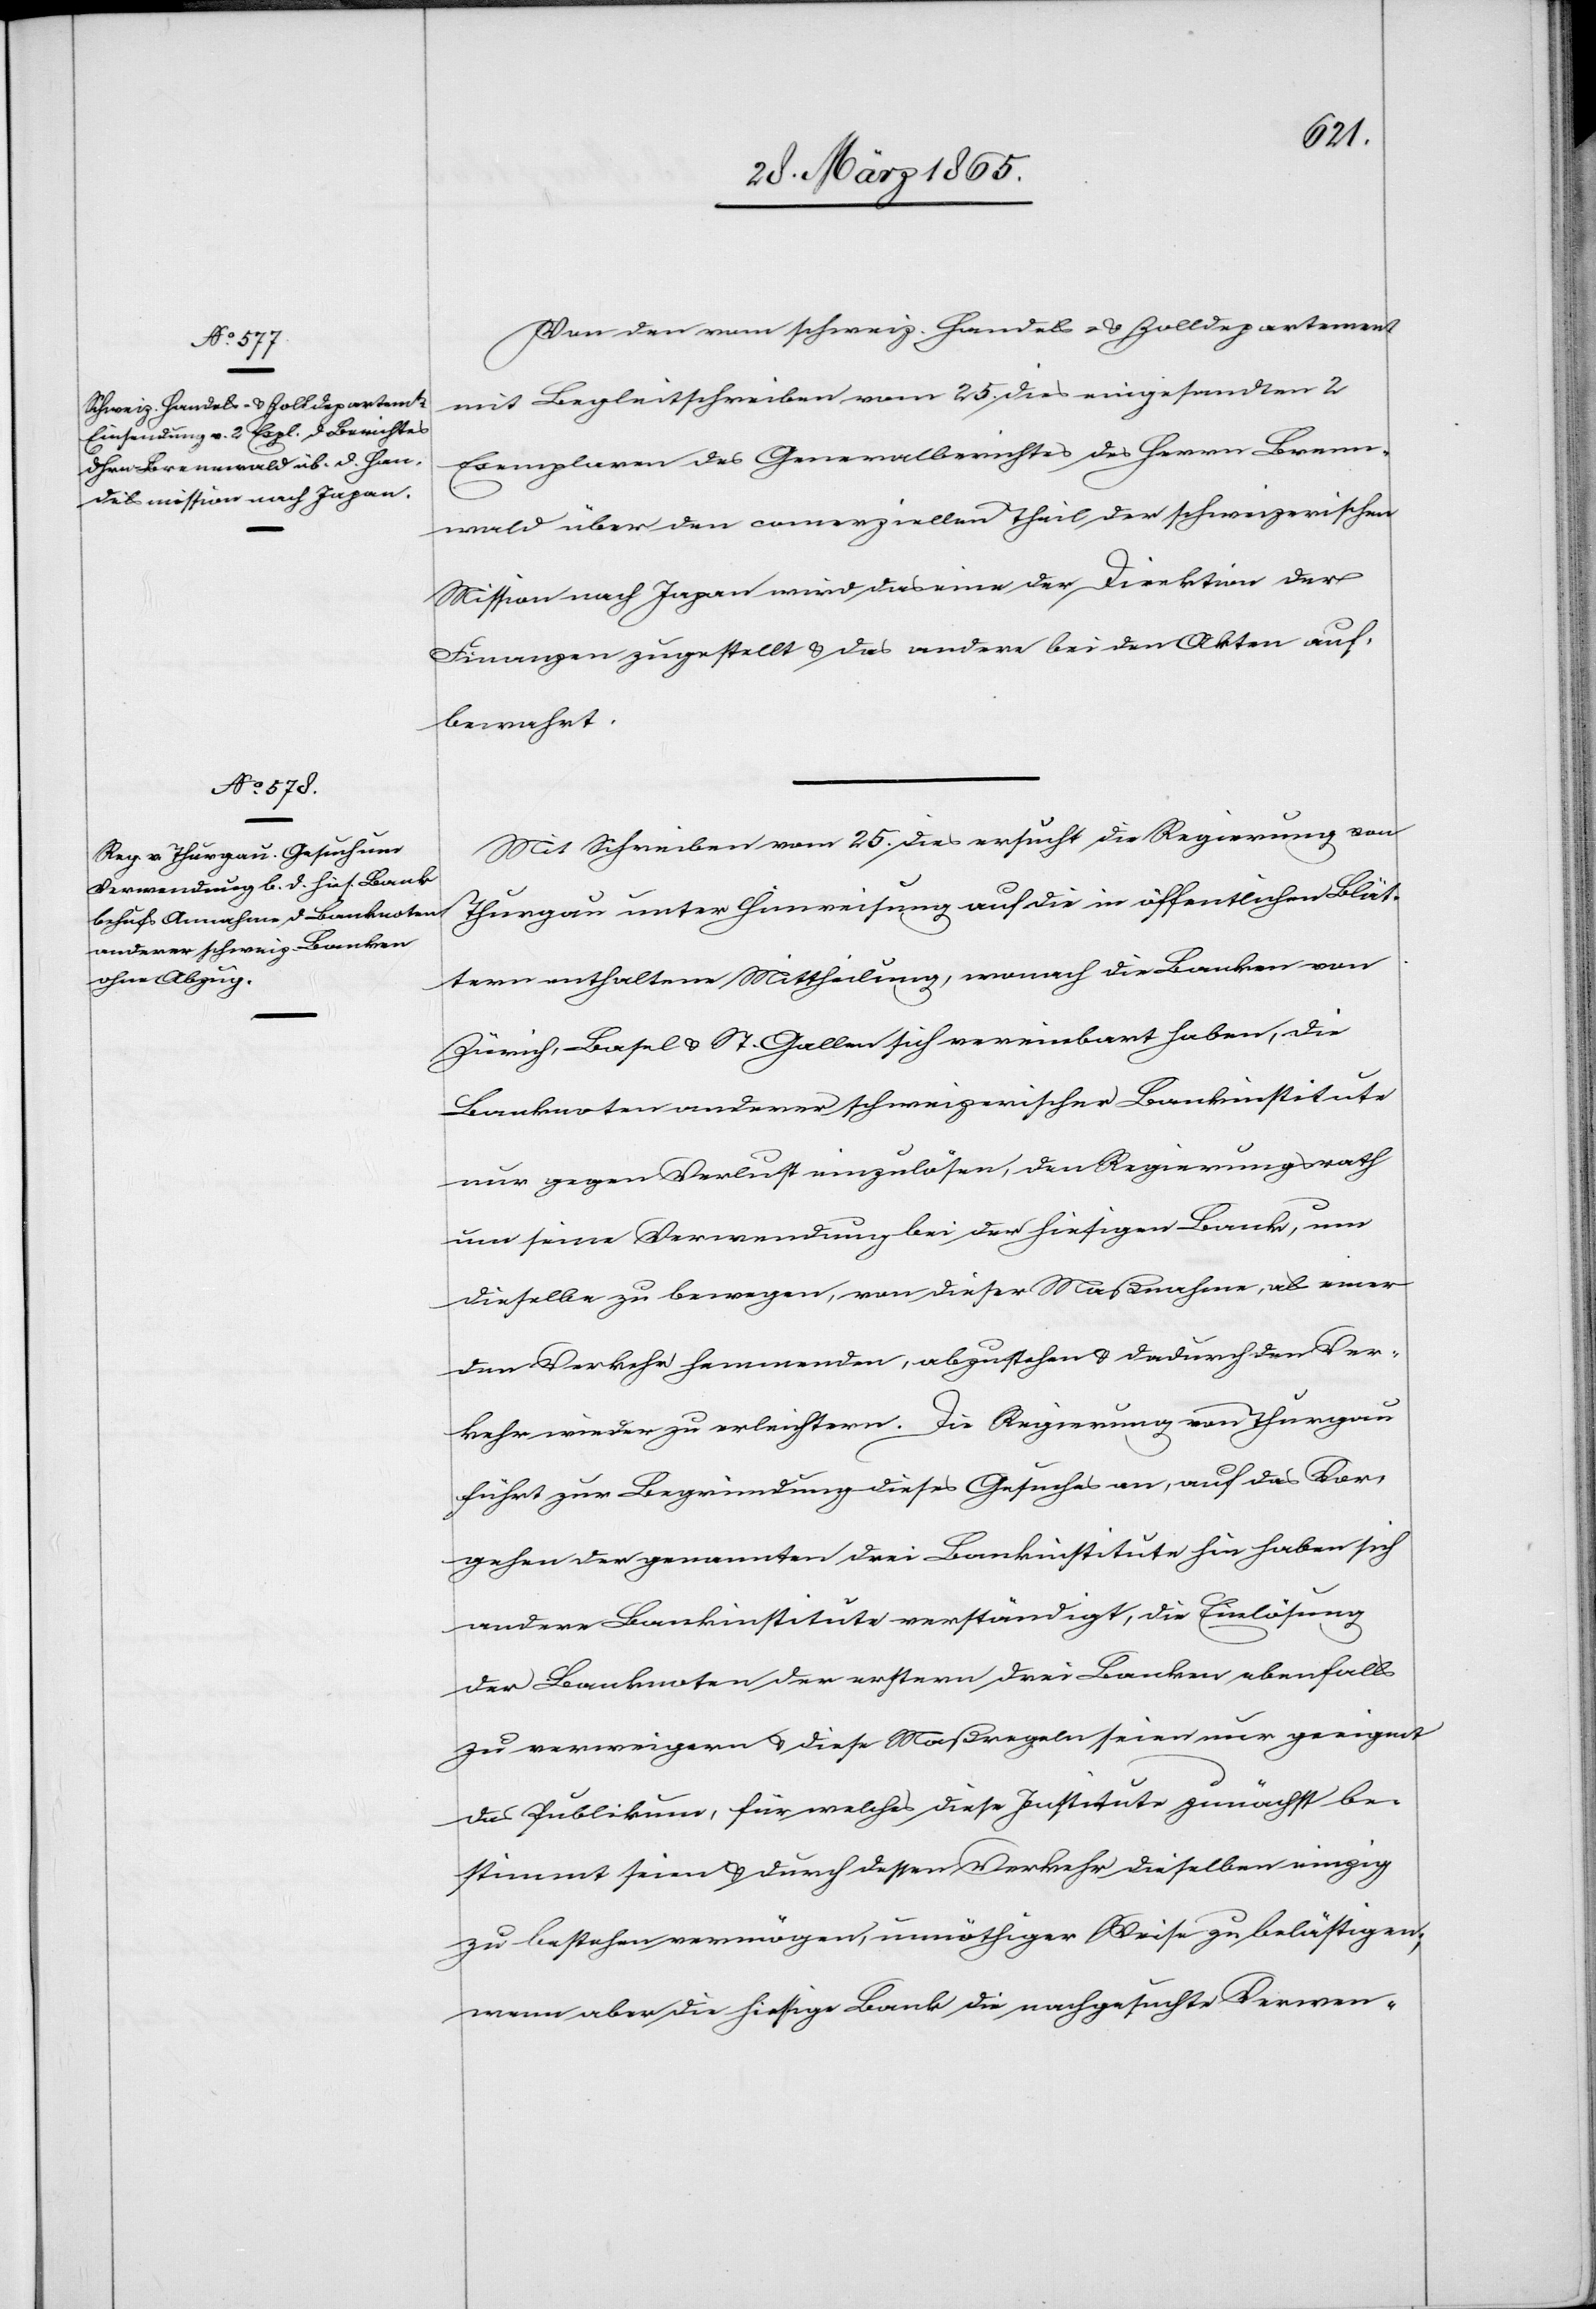
Von den vom schweiz. Handels- & Zolldepartement
mit Begleitschreiben vom 25. dies eingesandten 2
Exemplaren des Generalberichtes des Herrn Brenn¬
wald über den comerziellen Theil der schweizerischen
Mission nach Japan wird das eine der Direktion der
Finanzen zugestellt & das andere bei den Akten auf¬
bewahrt.
Mit Schreiben vom 25. dies ersucht die Regierung von
Thurgau unter Hinweisung auf die in öffentlichen Blät¬
tern enthaltene Mittheilung, wonach die Banken von
Zürich, Basel & St. Gallen sich vereinbart haben, die
Banknoten anderer schweizerischer Bankinstitute
nur gegen Verlust einzulösen, den Regierungsrath
um seine Verwendung bei der hiesigen Bank, um
dieselbe zu bewegen, von dieser Maßnahme, als einer
den Verkehr hemmenden, abzustehen & dadurch den Ver¬
kehr wieder zu erleichtern. Die Regierung von Thurgau
führt zur Begründung dieses Gesuches an, auf das Vor¬
gehen der genannten drei Bankinstitute hin haben sich
andere Bankinstitute verständigt, die Einlösung
der Banknoten der erstern drei Banken ebenfalls
zu verweigern & diese Maßregeln seien nur geeignet
das Publikum, für welches diese Institute zunächst be¬
stimmt seien & durch dessen Verkehr dieselben einzig
zu bestehen vermögen, unnöthiger Weise zu belästigen;
wenn aber die hiesige Bank die nachgesuchte Verwen-